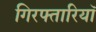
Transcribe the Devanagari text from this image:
गिरफ्तारियॉ